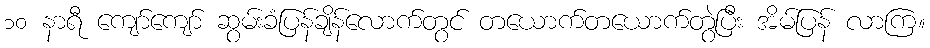
၁၀ နာရီ ကျော်ကျော် ဆွမ်းခံပြန်ချိန်လောက်တွင် တယောက်တယောက်တွဲပြီး အိမ်ပြန် လာကြ။